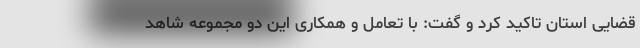
قضایی استان تاکید کرد و گفت: با تعامل و همکاری این دو مجموعه شاهد